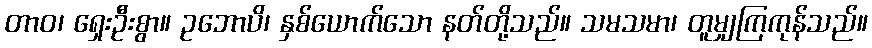
တာဝ၊ ရှေးဦးစွာ။ ဥဘောပိ၊ နှစ်ယောက်သော နတ်တို့သည်။ သမသမာ၊ တူမျှကြကုန်သည်။